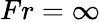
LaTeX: Fr=\infty